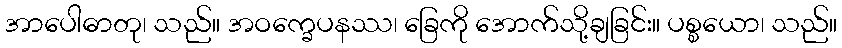
အာပေါဓာတု၊ သည်။ အဝက္ခေပနဿ၊ ခြေကို အောက်သို့ချခြင်း။ ပစ္စယော၊ သည်။